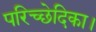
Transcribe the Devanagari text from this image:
परिच्छेदिका।